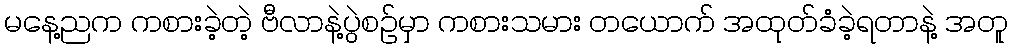
မနေ့ညက ကစားခဲ့တဲ့ ဗီလာနဲ့ပွဲစဉ်မှာ ကစားသမား တယောက် အထုတ်ခံခဲ့ရတာနဲ့ အတူ